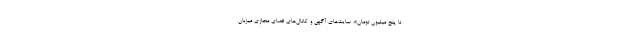
تا پنج میلیون تومان». سایت‌های آگهی و کانال‌های فضای مجازی میزبان